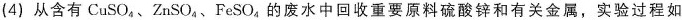
(4)从含有CuSO_{4}、ZnSO_{4}、FeSO_{4}的废水中回收重要原料硫酸锌和有关金属，实验过程如